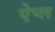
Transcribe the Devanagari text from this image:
ऐप्ल